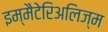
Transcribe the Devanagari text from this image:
इम्मैटेरिअलिज्म